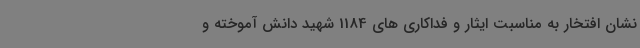
نشان افتخار به مناسبت ایثار و فداکاری های 1184 شهید دانش آموخته و